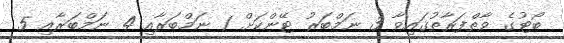
ބޯޓުގެ ވާތްފަރާތުގައިވާ 3 ނަމްބަރު ޓޭންކަށް 1 ނަމްބަރާއި 4 ނަމްބަރާއި 5